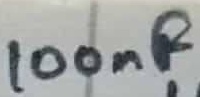
Text: 100nF